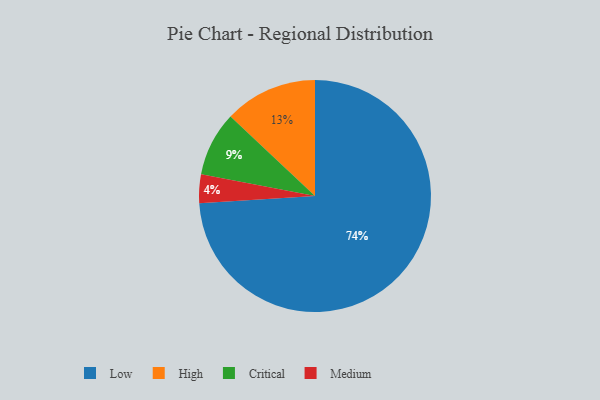
{"axis": {"x": "Category", "y": "Percentage"}, "legend": ["Critical", "High", "Low", "Medium"], "data": [{"x": "Medium", "y": 4, "type": "Medium"}, {"x": "Critical", "y": 9, "type": "Critical"}, {"x": "High", "y": 13, "type": "High"}, {"x": "Low", "y": 74, "type": "Low"}]}